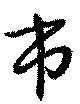
市